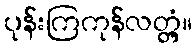
ပုန်းကြကုန်လတ္တံ့။